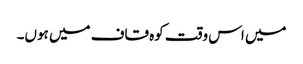
میں اس وقت کوہ قاف میں ہوں۔